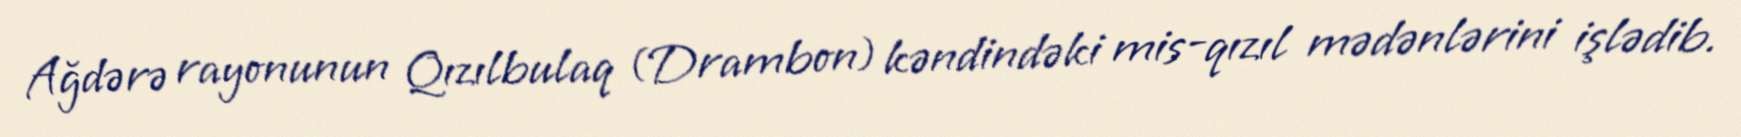
Ağdərə rayonunun Qızılbulaq (Drambon) kəndindəki mis-qızıl mədənlərini işlədib.